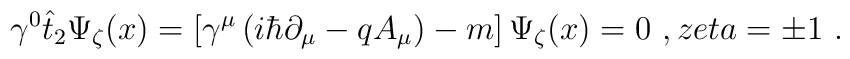
\gamma ^{0}\hat{t}_{2}\Psi _{\zeta }(x)=\left[ \gamma ^{\mu }\left( i\hbar\partial _{\mu }-qA_{\mu }\right) -m\right] \Psi _{\zeta }(x)=0\,\,,\;\\zeta =\pm 1\,\,.